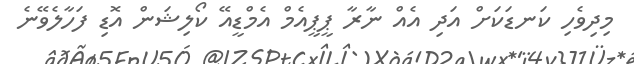
މިދިވެހި ކަނޑަކަށް އަދި އެއް ނާރާ ޕީޕީއެމް އެމްޑީއޭ ކޯލިޝަން އޮޑި ފަހާލެވޭނެ